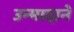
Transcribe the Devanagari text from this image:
उन्मादाने